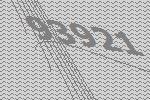
93921